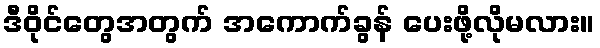
ဒီဝိုင်တွေအတွက် အကောက်ခွန် ပေးဖို့လိုမလား။